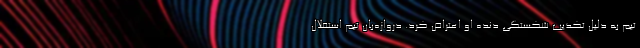
تیم به دلیل تکذیب شکستگی دنده او اعتراض کرد. دروازه‌بان تیم استقلال